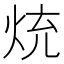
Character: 𭴤